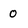
Character: 0